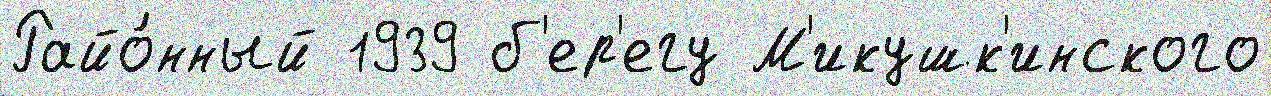
Райо́нный 1939 б'ер'егу М'икушк'инского